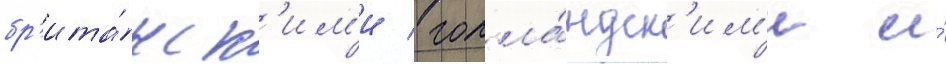
бр'ита́нск'им'и / голла́ндск'им'и и́